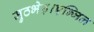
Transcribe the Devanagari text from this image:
मुठभेड़।एन्जिल